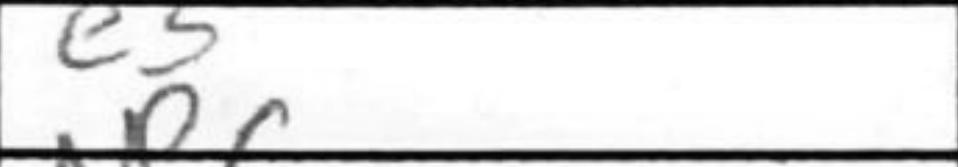
Transcription: e5